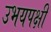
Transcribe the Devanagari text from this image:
उभयपक्षी